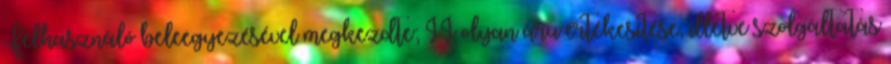
Felhasználó beleegyezésével megkezdte; II olyan áru értékesítése, illetve szolgáltatás